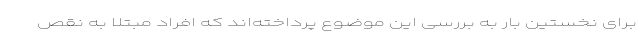
برای نخستین بار به بررسی این موضوع پرداخته‌اند که افراد مبتلا به نقص